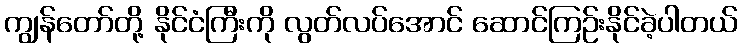
ကျွန်တော်တို့ နိုင်ငံကြီးကို လွတ်လပ်အောင် ဆောင်ကြဉ်းနိုင်ခဲ့ပါတယ်